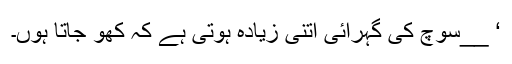
‘ __سوچ کی گہرائی اتنی زیادہ ہوتی ہے کہ کھو جاتا ہوں۔